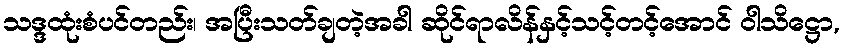
သဒ္ဒထုံးစံပင်တည်း၊ အပြီးသတ်ချတဲ့အခါ ဆိုင်ရာလိန်နှင့်သင့်တင့်အောင် ဝါသိဋ္ဌော,